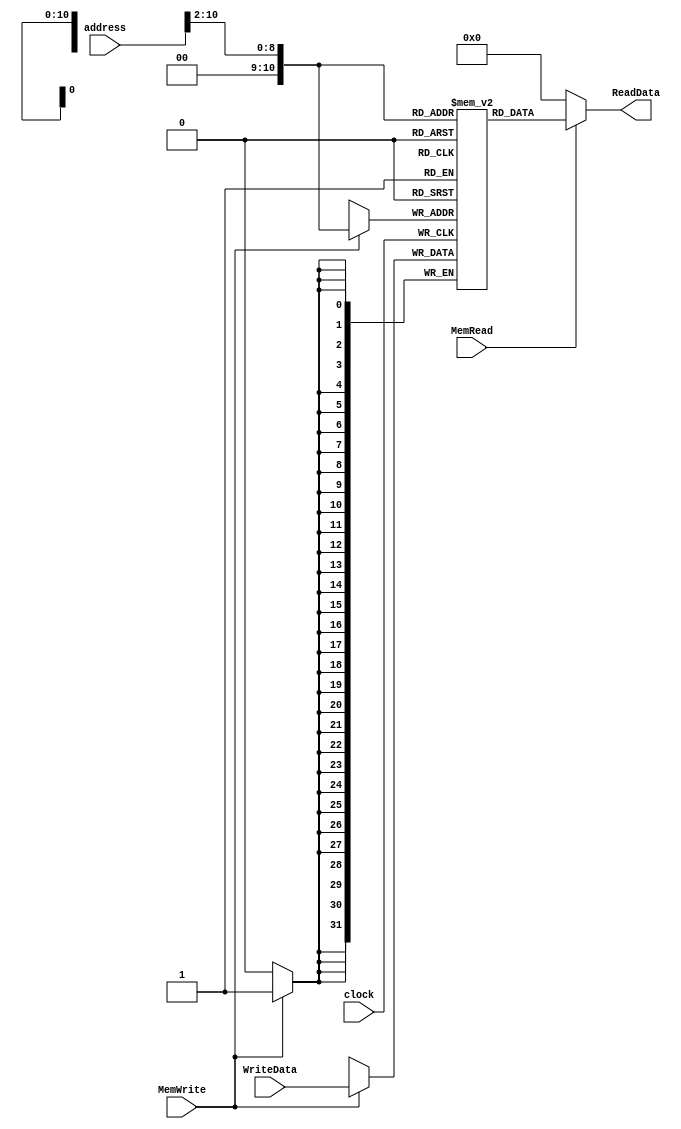
`timescale 1ns / 1ps

module datamem(clock,address, MemWrite, MemRead, WriteData, ReadData);

	input clock;
	input [10:0] address;
	input MemWrite, MemRead;
	input [31:0] WriteData;
    integer i;
	output [31:0] ReadData;

	reg [31:0] Mem[0:1024]; //32 bits memory with 128 entries

	initial begin
	for(i = 0;i<= 1024;i = i + 1)
	    Mem[i] <= 32'b0;
	end

	always @ (negedge clock) begin

		if (MemWrite == 1)
			Mem[address[10:2]] <= WriteData;
	end

  assign ReadData = (MemRead == 1) ? Mem[address[10:2]] : 32'b0;

endmodule